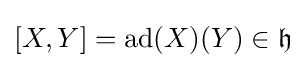
[X,Y]=\operatorname {ad} (X)(Y)\in {\mathfrak {h}}